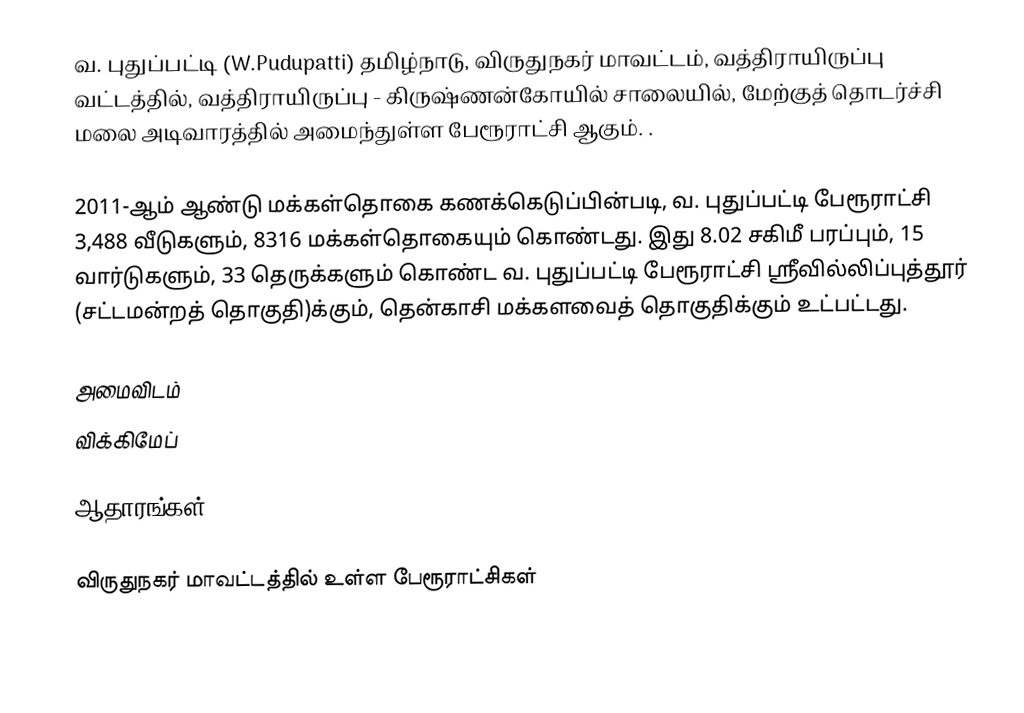
வ. புதுப்பட்டி (W.Pudupatti) தமிழ்நாடு, விருதுநகர் மாவட்டம், வத்திராயிருப்பு வட்டத்தில், வத்திராயிருப்பு - கிருஷ்ணன்கோயில் சாலையில், மேற்குத் தொடர்ச்சி மலை அடிவாரத்தில் அமைந்துள்ள பேரூராட்சி ஆகும். .

2011-ஆம் ஆண்டு மக்கள்தொகை கணக்கெடுப்பின்படி, வ. புதுப்பட்டி  பேரூராட்சி   3,488   வீடுகளும்,     8316 மக்கள்தொகையும் கொண்டது. இது 8.02 சகிமீ பரப்பும்,  15 வார்டுகளும், 33 தெருக்களும் கொண்ட வ. புதுப்பட்டி  பேரூராட்சி ஸ்ரீவில்லிப்புத்தூர் (சட்டமன்றத் தொகுதி)க்கும், தென்காசி மக்களவைத் தொகுதிக்கும் உட்பட்டது.

அமைவிடம்
விக்கிமேப்

ஆதாரங்கள்

விருதுநகர் மாவட்டத்தில் உள்ள பேரூராட்சிகள்